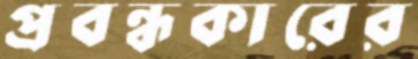
প্রবন্ধকারের